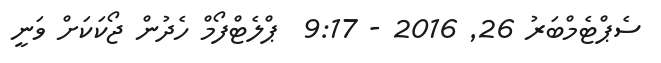
ސެޕްޓެމްބަރު 26